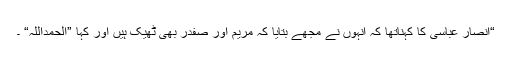
“انصار عباسی کا کہناتھا کہ انہوں نے مجھے بتایا کہ مریم اور صفدر بھی ٹھیک ہیں اور کہا ”الحمداللہ“ ۔